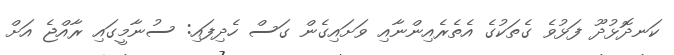
ކަނދޮޅުދޫ ފަޅުވެ ގެތަކުގެ އެތެރެއިންނާއި ވަށައިގެން ގަސް ހެދިފައި: ސުނާމީގައި ރާއްޖެ އަށް